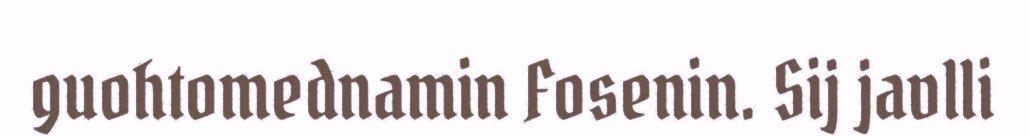
guohtomednamin Fosenin. Sij javlli